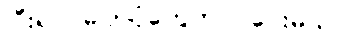
ပြီးရင် ဓါတ်ပုံတွေတင် ပေးမယ်။